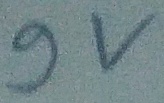
Text: 9v